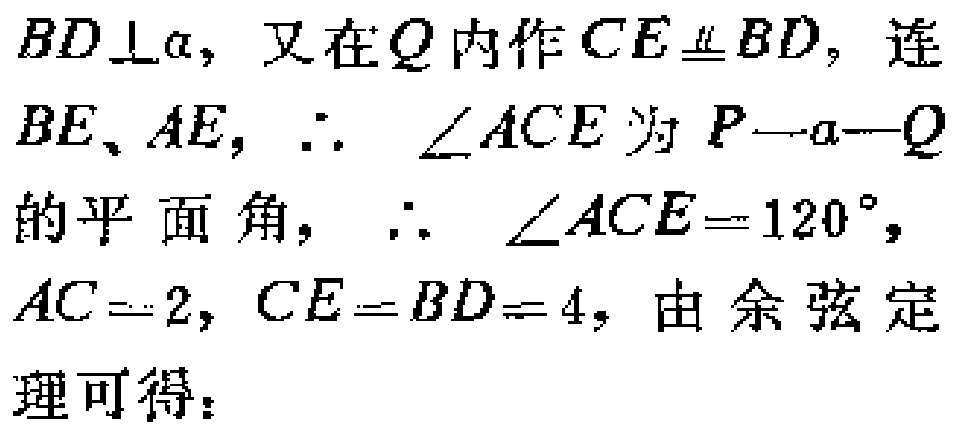
$BD\perp\alpha$，又在$Q$内作$CE\equalparallel BD$，连$BE、AE$，$\therefore\ \angle ACE$为$P - \alpha - Q$的平面角，$\therefore\ \angle ACE = 120^{\circ}$，$AC = 2$，$CE = BD = 4$，由余弦定理可得：